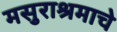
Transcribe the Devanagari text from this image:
मसुराश्रमाचे